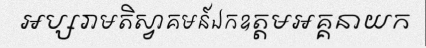
អប្សរាមតិស្វាគមន៍ឯកឧត្តមអគ្គនាយក